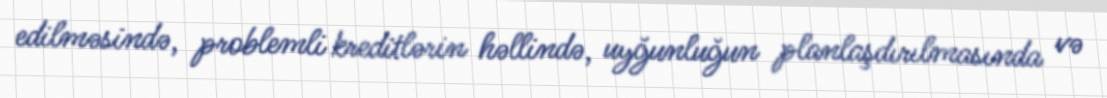
edilməsində, problemli kreditlərin həllində, uyğunluğun planlaşdırılmasında və